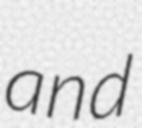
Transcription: and